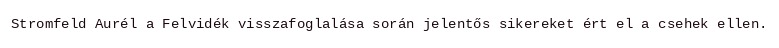
Stromfeld Aurél a Felvidék visszafoglalása során jelentős sikereket ért el a csehek ellen.